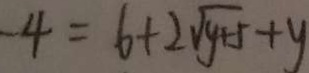
- 4 = 6 + 2 \sqrt { y + 5 } + y